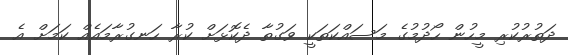
ދަތުރުުކުރި މީހުން ހޯދުމުގެ މަސައްކަތަކީ ވަގުތާ ދެކޮޅަށް ކުރާ ހަނގުރާމައެއް ކަމަށް އެ